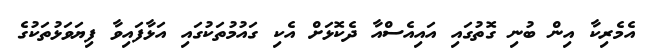
އެމެރިކާ އިން ބުނި ގޮތުގައި އައިއެސްއާ ދެކޮޅަށް އެކި ގައުމުތަކުގައި އަޅާފައިވާ ފިޔަވަޅުތަކުގެ